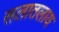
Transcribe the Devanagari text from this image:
सलातलाय